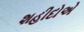
શહીદોએ